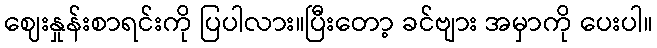
ဈေးနှုန်းစာရင်းကို ပြပါလား။ပြီးတော့ ခင်ဗျား အမှာကို ပေးပါ။